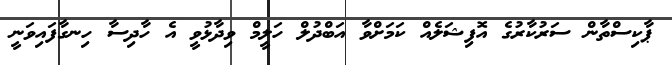
ޕާކިސްތާން ސަރުކާރުގެ އޮފިޝަލެއް ކަމަށްވާ އަބްދުލް ހަލީމް ވިދާޅުވީ އެ ހާދިސާ ހިނގާފައިވަނީ